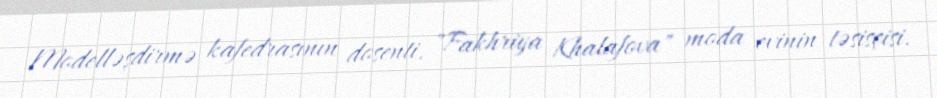
Modelləşdirmə kafedrasının dosenti, "Fakhriya Khalafova" moda evinin təsisçisi.